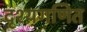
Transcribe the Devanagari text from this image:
दृश्यगणित